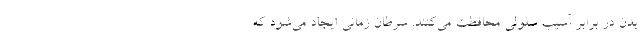
بدن در برابر آسیب سلولی محافظت می‌کنند. سرطان زمانی ایجاد می‌شود که